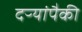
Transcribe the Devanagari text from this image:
दऱ्यांपैकी